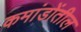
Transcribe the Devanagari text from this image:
कमांडोंतील